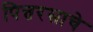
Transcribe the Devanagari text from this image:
पित्तरसाचे